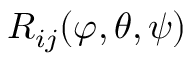
R _ { i j } ( \varphi , \theta , \psi )